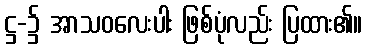
ဋ္ဌ-၌ အာသဝလေးပါး ဖြစ်ပုံလည်း ပြထား၏။